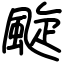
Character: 颴